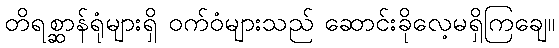
တိရစ္ဆာန်ရုံများရှိ ဝက်ဝံများသည် ဆောင်းခိုလေ့မရှိကြချေ။